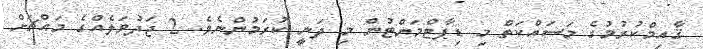
ޤާއިމްކުރުމުގެ މަސައްކަތް މި ޑިޕާޓްމަންޓުން މި ދަނީ ކުރަމުންނެވެ. 2 ޖަދުވަލެއްގެ މައްޗަށް